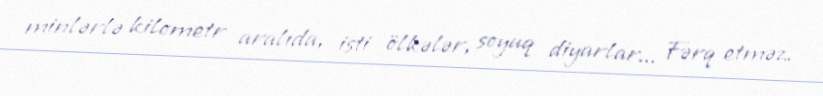
minlərlə kilometr aralıda, isti ölkələr, soyuq diyarlar... Fərq etməz.